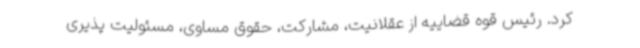
کرد. رئیس قوه قضاییه از عقلانیت، مشارکت، حقوق مساوی، مسئولیت پذیری